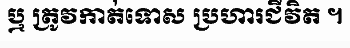
ឬ ត្រូវកាត់ទោស ប្រហារជីវិត ។